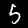
Label: 5